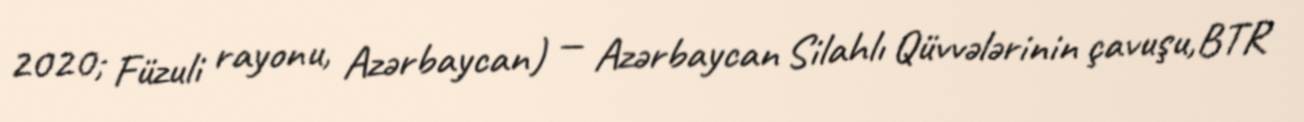
2020; Füzuli rayonu, Azərbaycan) — Azərbaycan Silahlı Qüvvələrinin çavuşu,BTR